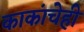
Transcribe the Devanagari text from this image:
काकांचेही